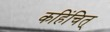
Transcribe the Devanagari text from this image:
कहिंचित्‌